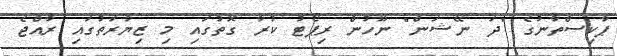
ޕާކިސްތާނުގެ "ދަ ނޭޝަން" ނޫހުން ރިޕޯޓު ކުރާ ގޮތުގައި މި ޒިޔާރަތުގައި ރާއްޖެ